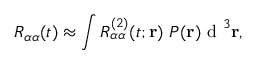
R _ { \alpha \alpha } ( t ) \approx \int R _ { \alpha \alpha } ^ { ( 2 ) } ( t ; { \bf r } ) \ P ( { \bf r } ) \ensuremath { \mathrm { ~ d ~ } } ^ { 3 } { \bf r } ,